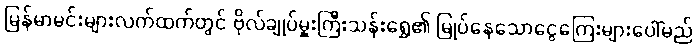
မြန်မာမင်းများလက်ထက်တွင် ဗိုလ်ချုပ်မှူးကြီးသန်းရွှေ၏ မြုပ်နေသောငွေကြေးများပေါ်မည်